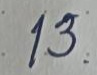
13